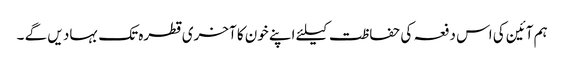
ہم آئین کی اس دفعہ کی حفاظت کیلئے اپنے خون کا آخری قطرہ تک بہاد یں گے ۔